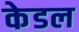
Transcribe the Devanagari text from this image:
केडल